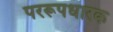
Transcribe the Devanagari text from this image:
पररूपधारक